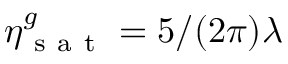
\eta _ { \mathrm { ~ s ~ a ~ t ~ } } ^ { g } = 5 / ( 2 \pi ) \lambda